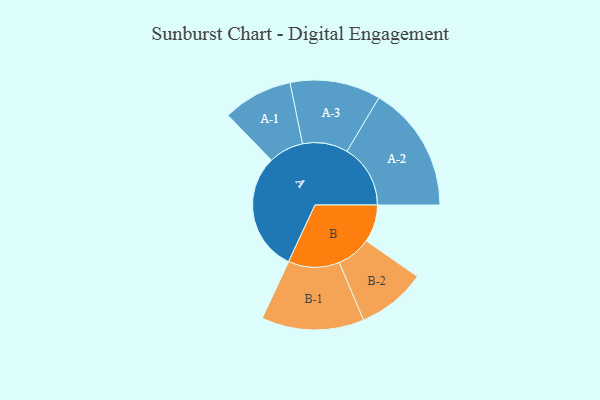
{"axis": {"x": "Segment", "y": "Value"}, "legend": ["", "A", "B"], "data": [{"x": "A", "y": 479, "type": ""}, {"x": "B", "y": 151, "type": ""}, {"x": "A-1", "y": 141, "type": "A"}, {"x": "A-2", "y": 256, "type": "A"}, {"x": "A-3", "y": 183, "type": "A"}, {"x": "B-1", "y": 207, "type": "B"}, {"x": "B-2", "y": 139, "type": "B"}]}